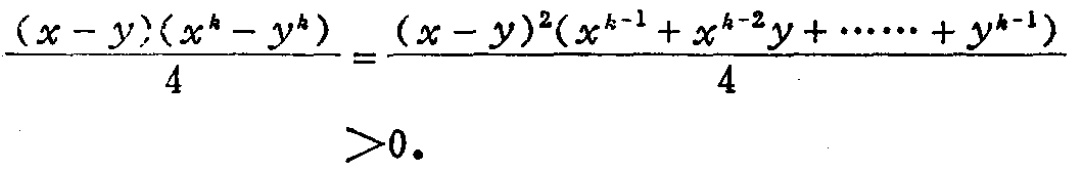
\frac{(x - y)(x^{k}-y^{k})}{4}=\frac{(x - y)^{2}(x^{k - 1}+x^{k - 2}y+\cdots +y^{k - 1})}{4}>0.